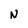
Character: N